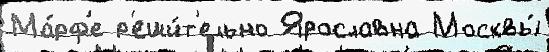
Ма́рф'е р'еши́т'ельно Ярославна Москвы́